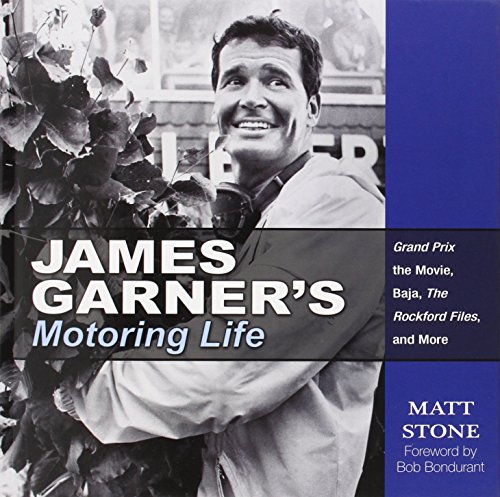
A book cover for James Garner's Motoring Life: Grand Prix the movie, Baja, The Rockford Files, and More (Cartech); Matt Stone; Engineering & Transportation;